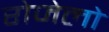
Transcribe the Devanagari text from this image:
रोजेलो